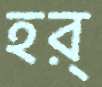
হর্